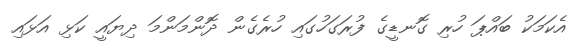
އެކަމަކު ބައްޕަ ހުރި ގޮނޑީގެ ފުރަގަހުގައި ހުރެގެން ދޮންމަންމަ ދިޔައީ ކަޅި އަޅައި